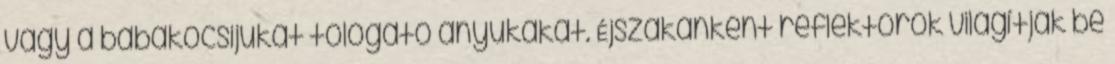
vagy a babakocsijukat tologató anyukákat. Éjszakánként reflektorok világítják be